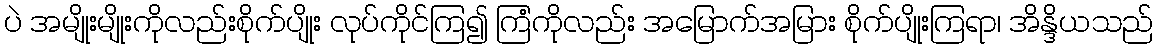
ပဲ အမျိုးမျိုးကိုလည်းစိုက်ပျိုး လုပ်ကိုင်ကြ၍ ကြံကိုလည်း အမြောက်အမြား စိုက်ပျိုးကြရာ၊ အိန္ဒိယသည်